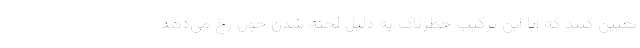
تعیین کنند که آیا این ترکیب خطرناک به دلیل لخته شدن خون رخ می‌دهد